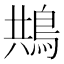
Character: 䳍